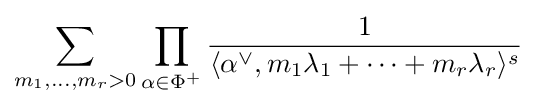
\sum _{m_{1},\dots ,m_{r}>0}\prod _{\alpha \in \Phi ^{+}}{\frac {1}{\langle \alpha ^{\lor },m_{1}\lambda _{1}+\cdots +m_{r}\lambda _{r}\rangle ^{s}}}